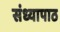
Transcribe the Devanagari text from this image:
संध्यापाठ